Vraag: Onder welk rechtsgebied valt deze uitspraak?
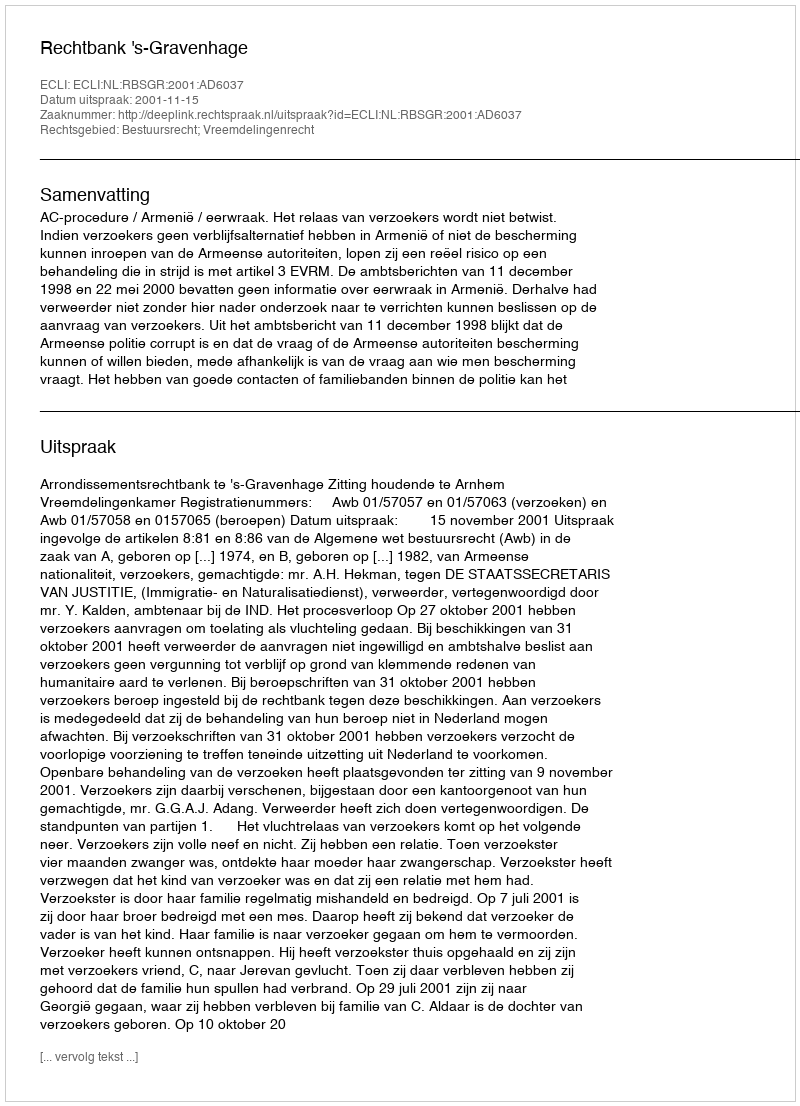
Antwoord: Bestuursrecht; Vreemdelingenrecht